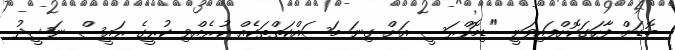
ބޮޑަށް ފާހަގަކޮށްފައިވަނީ "ޑިމޮކްރަސީ އަށް ގިނަ މަސައްކަތްތަކެއް ކުރެއްވި ކުރީގެ ރައީސް ނަޝީދު